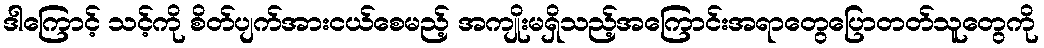
ဒါကြောင့် သင့်ကို စိတ်ပျက်အားငယ်စေမည့် အကျိုးမရှိသည့်အကြောင်းအရာတွေပြောတတ်သူတွေကို